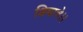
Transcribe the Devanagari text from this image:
शिवाचे।।